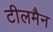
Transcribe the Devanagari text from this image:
टीलमैन